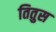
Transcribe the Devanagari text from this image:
तितुस